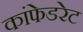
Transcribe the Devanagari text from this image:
कांफेडरेट